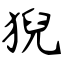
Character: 猊